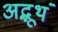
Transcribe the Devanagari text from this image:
अद्भूथं